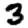
Digit: 3